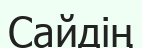
Сайдің